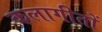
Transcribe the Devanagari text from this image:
कलागीतों